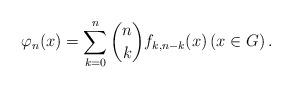
LaTeX: \begin{align*} \varphi_{n}(x)= \sum_{k=0}^{n}\binom{n}{k}f_{k, n-k}(x) \left(x\in G\right). \end{align*}